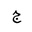
Letter: _gim